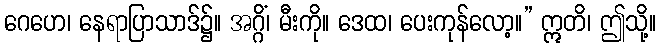
ဂေဟေ၊ နေရာပြာသာဒ်၌။ အဂ္ဂိံ၊ မီးကို။ ဒေထ၊ ပေးကုန်လော့။” ဣတိ၊ ဤသို့။